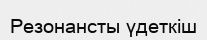
Резонансты үдеткіш